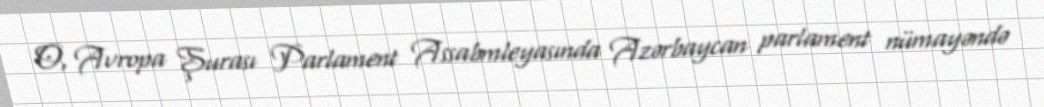
O, Avropa Şurası Parlament Assabmleyasında Azərbaycan parlament nümayəndə